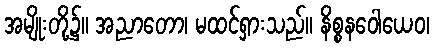
အမျိုးတို့၌။ အညာတော၊ မထင်ရှားသည်။ နိစ္စနဝေါယေဝ၊